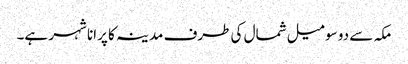
مکہ سے دو سو میل شمال کی طرف مدینہ کا پرانا شہر ہے۔